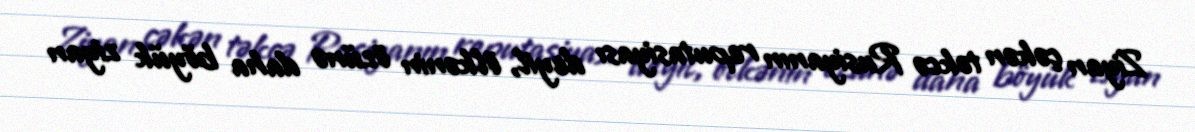
Ziyan çəkən təkcə Rusiyanın reputasiyası deyil, ölkənin özünə daha böyük ziyan